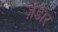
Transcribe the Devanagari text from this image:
ज़ेडार